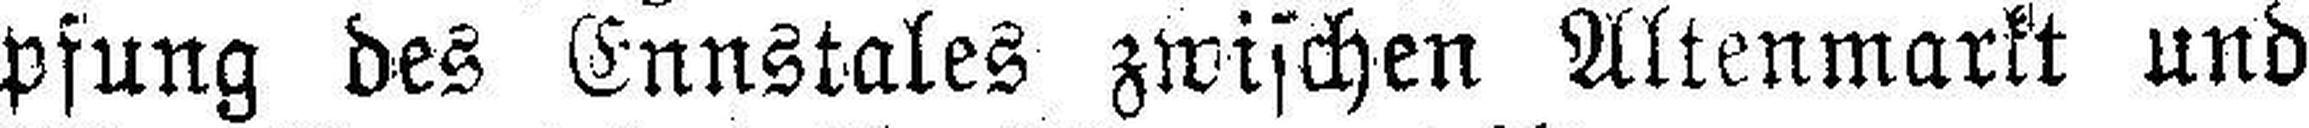
pfung des Ennstales zwischen Altenmarkt und